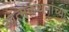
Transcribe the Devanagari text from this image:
आत्मकथनांच्या